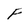
Character: f